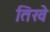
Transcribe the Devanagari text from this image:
तिखे